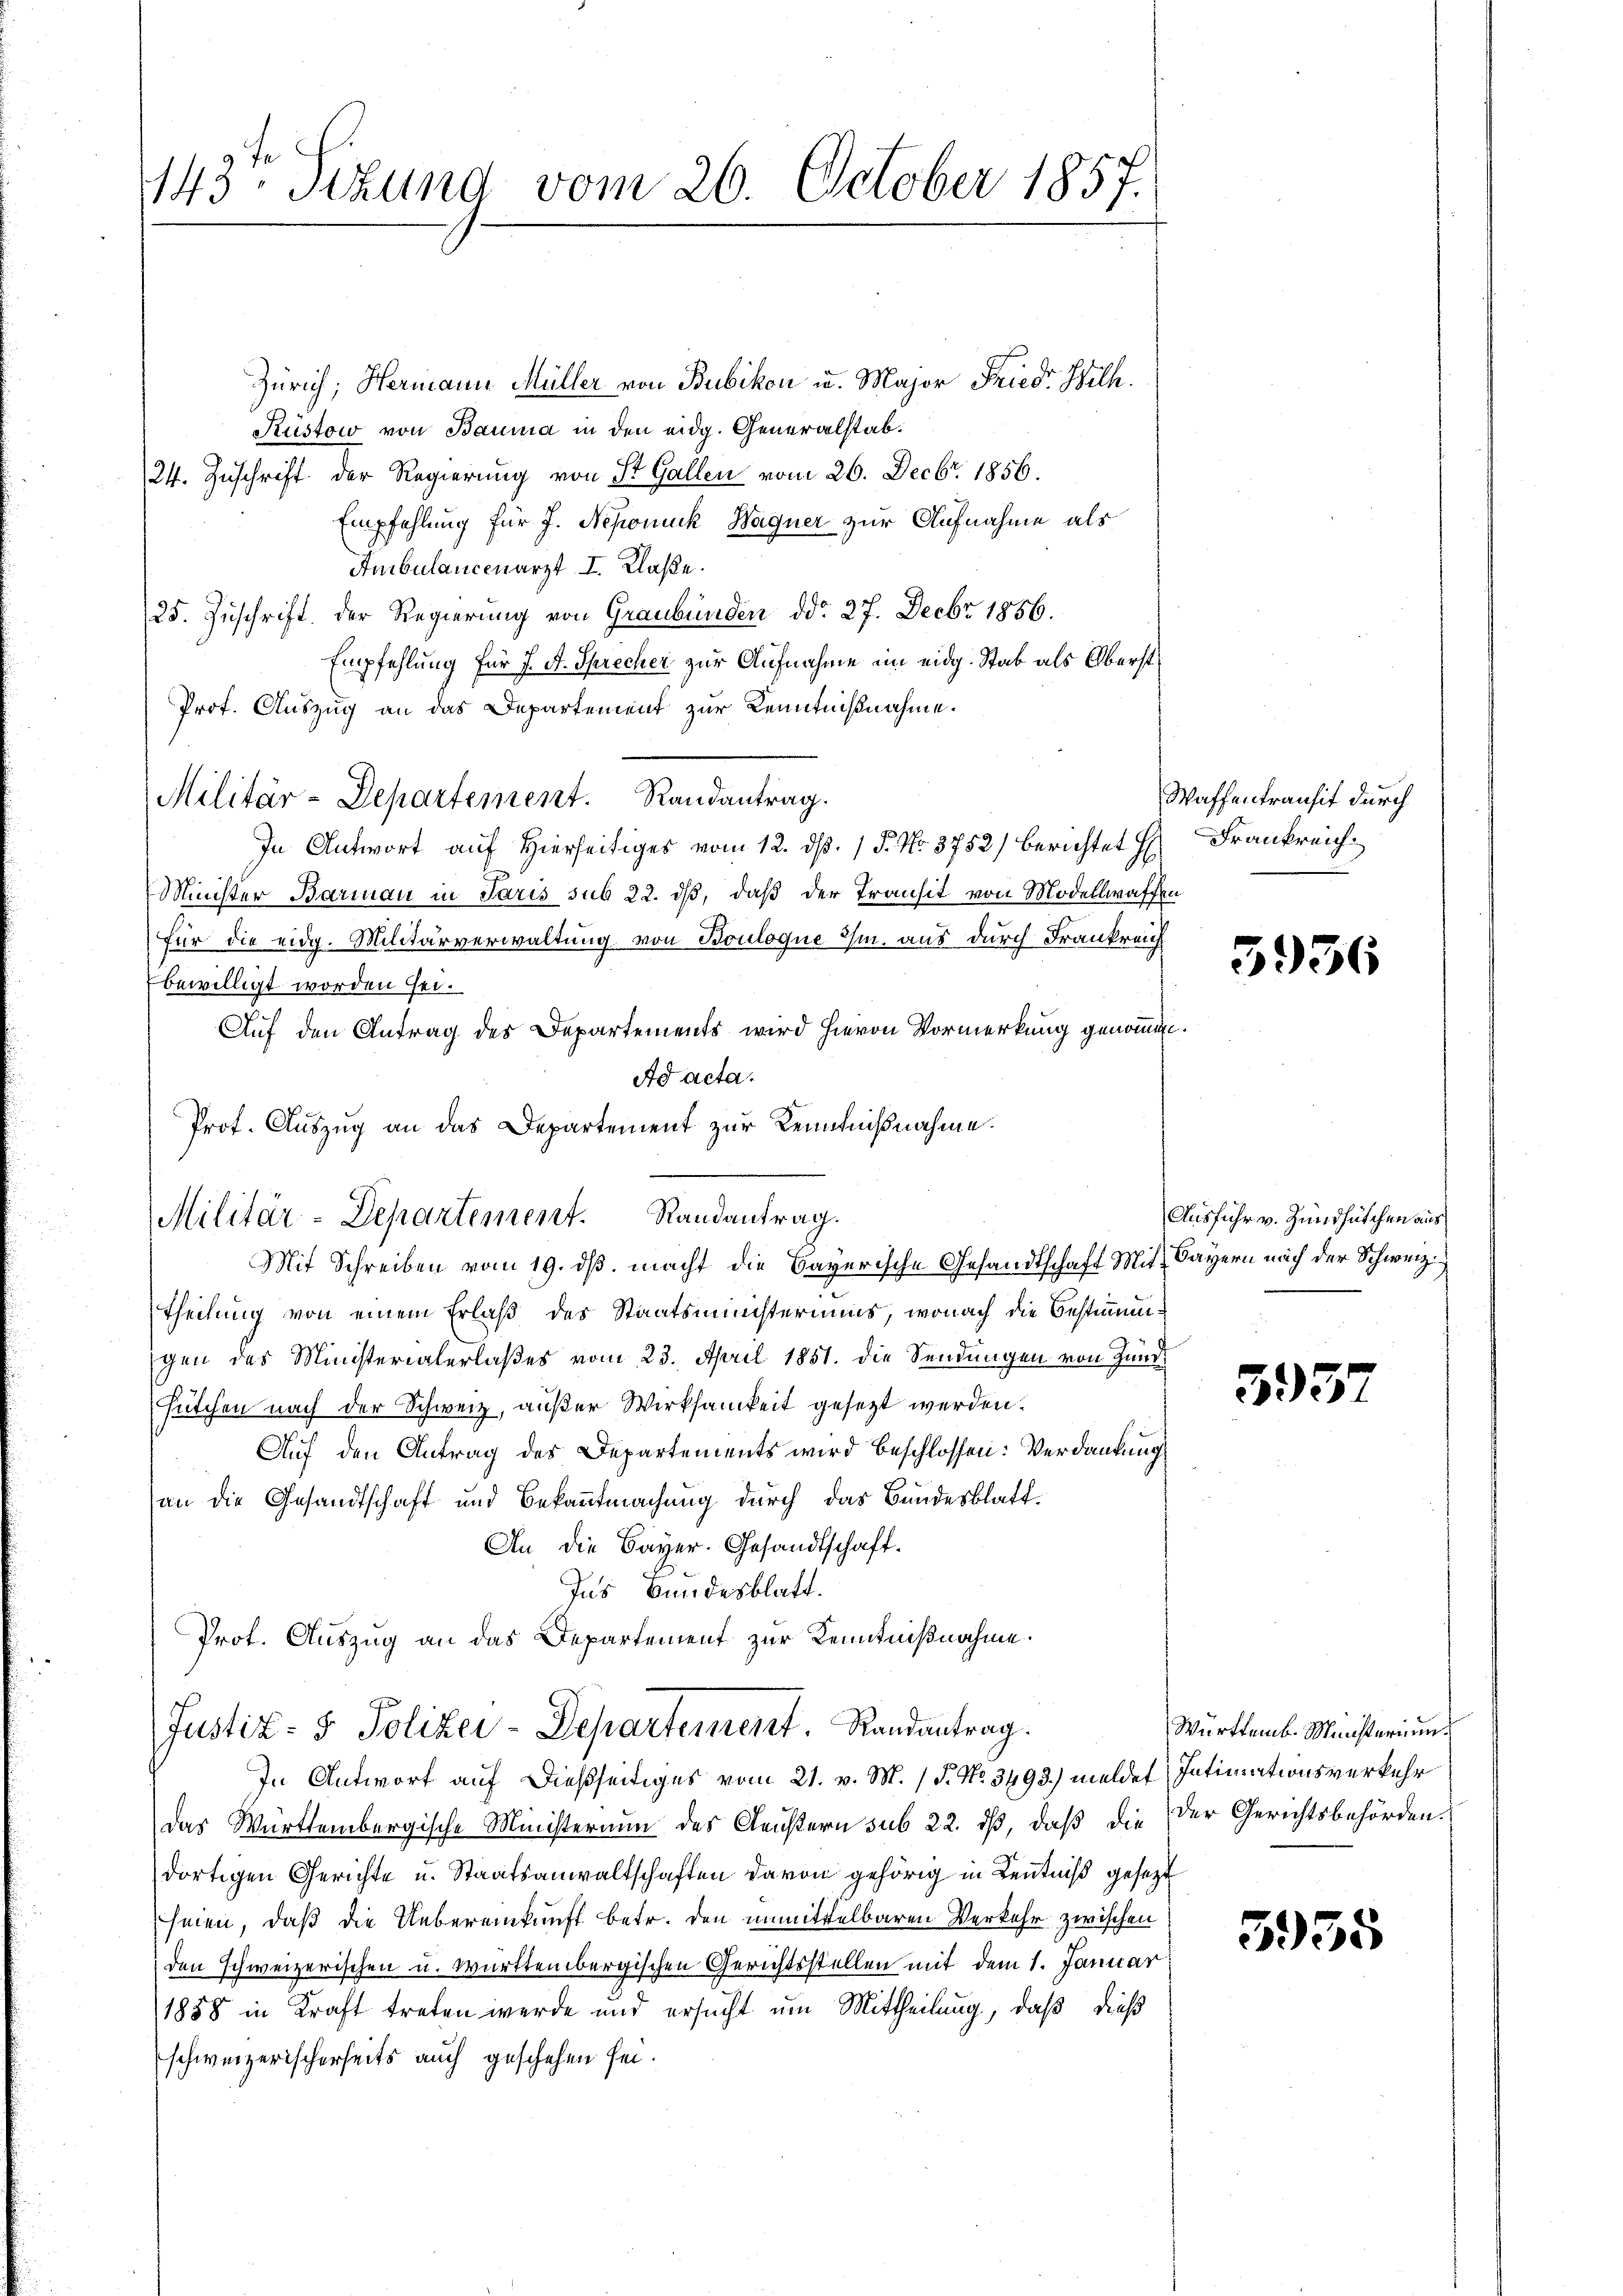
1143. Stund vom 26. October 1857.

Zürich, Hermann Müller von Bubikon u. Major Fried. Wilh.
Rüstow von Bauma in den eidg. Generalstab.
24. Zuschrift der Regierung von St. Gallen vom 26. Decbr. 1856.
Empfehlung für J. Nepomuck Wagner zur Aufnahme als
Ambulancenarzt I. Klaße.
/25. Zuschrift. Der Regierung von Graubünden ddo 27. Decbr 1856.
Empfehlung für J. A. Sprecher zur Aufnahme im eidg. Stab als Oberst¬
Prof. Auszug an das Departement zur Kenntnißnahme.
Militär-Departement. Randantrag.
In Antwort auf Hierseitiges vom 12. d. 15. No. 3752) berichtet Hr. Frankreich¬
Minister Barmau in Paris sub 22. ds, daß der Transit von Modellwaffen
für die eidg. Militärverwaltung von Bouloque ihm aus durch Frankreich
bewilligt worden sei.
Auf den Antrag des Departements wird hievon Vormerkung genommen.
Ad acta.
Prof. Auszug an das Departement zur Kenntnißnahme.

Militär-Departement. Randantrag.
Mit Schreiben vom 19. ds. macht die Bayerische Gesandtschaft Mit- Bayern nach der Schweiz.

Theilung von einem Erlaß des Staatsministeriums, wonach die Bestimmgen des Ministerialerlaßes vom 23. April 1851. die Sendungen von Hund¬
Futchen nach der Schweiz, außer Wirksamkeit gesetzt werden.
Auf den Antrag des Departements wird beschlossen: Verdankung
an die Gesandtschaft und Bekanntmachung durch das Bundesblatt¬
An die Bayer. Gesandtschaft.
Ins Bundesblatt.
Prof. Auszug an das Departement zur Kenntnißnahme.

Justiz- & Polizei-Departement. Randantrag.

In Antwort auf dießseitiges vom 21. v. M. (T. No. 3493) meldet Intimationsverkehr
Das Württembergische Ministerium des Geistern sub 22. dß, daß die der Gerichtsbehördendortigen Gerichte u. Staatsanwaltschaften davon gehörig in Kenntniß gesetzt
seien, daß die Uebereinkunft betr. den unmittelbaren Verkehr zwischen
den schweizerischen u. Württembergischen Gerichtsstellen mit dem 1. Januar
1888 in Kraft treten werde und ersucht um Mittheilung, daß dieß
schweizerischerseits auch geschehen sei.

Waffentransit durch

5956

Ausfuhr v. Zündhütchen aus

53

Württemb. Ministerium

3955